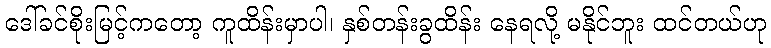
ဒေါ်ခင်စိုးမြင့်ကတော့ ကူထိန်းမှာပါ၊ နှစ်တန်းခွထိန်း နေရလို့ မနိုင်ဘူး ထင်တယ်ဟု